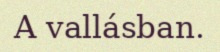
A vallásban.